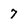
Character: 7